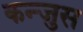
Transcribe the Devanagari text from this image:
कन्जुस